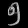
Digit: ၅